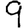
Digit: 9